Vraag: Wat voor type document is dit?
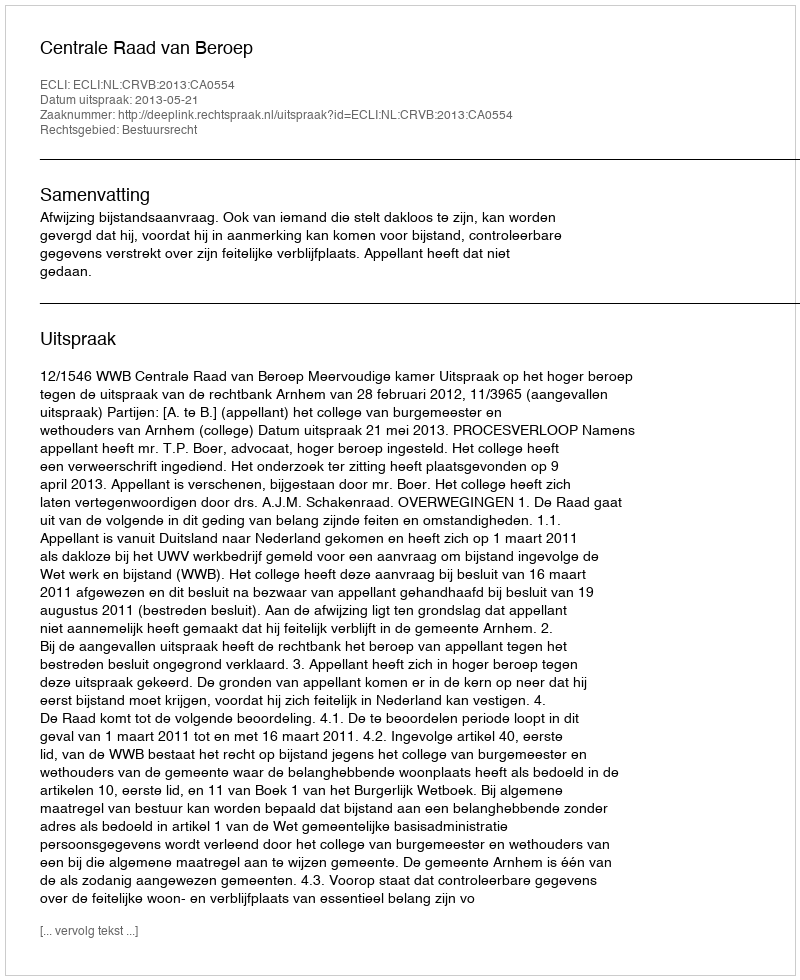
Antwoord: Uitspraak